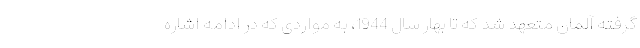
گرفته آلمان متعهد شد که تا بهار سال 1944، به مواردی که در ادامه اشاره